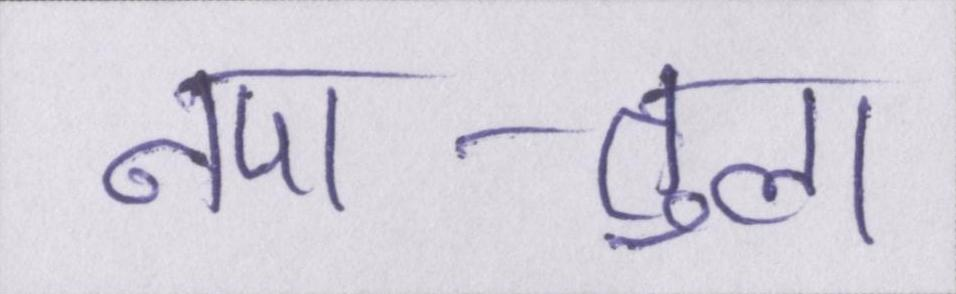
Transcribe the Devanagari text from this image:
नपा-तुला